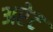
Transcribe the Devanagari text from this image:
अरेट